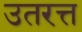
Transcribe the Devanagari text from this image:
उतरत्त